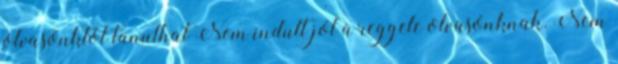
olvasónktól tanulhat Nem indult jól a reggele olvasónknak. Nem